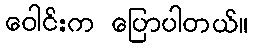
ဝေါင်းက ပြောပါတယ်။